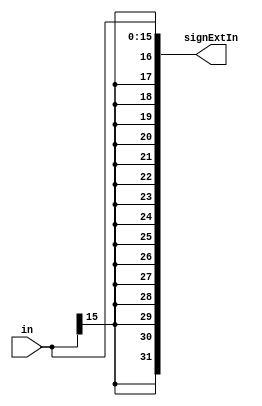
/*##########################################################################################
Note: Please dont upload the assignments, template file/solution and lab. manual on GitHub or others public repository. 
Kindly remove them, if you have uploaded the previous assignments. 
It violates the BITSs Intellectual Property Rights (IPR).
*******************************************************************************************/



module signExt16to32(input [15:0] in, output reg [31:0] signExtIn);
    always@(in)
    begin
        signExtIn={{16{in[15]}},in};
    end
endmodule